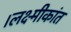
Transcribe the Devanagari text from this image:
।लक्ष्मीकांत